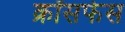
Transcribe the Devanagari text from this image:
क्रॉसफेस